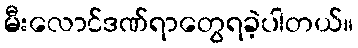
မီးလောင်ဒဏ်ရာတွေရခဲ့ပါတယ်။